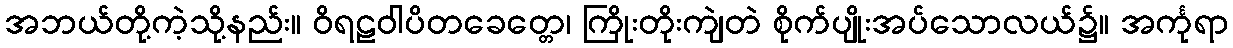
အဘယ်တို့ကဲ့သို့နည်း။ ဝိရဠဝါပိတခေတ္တေ၊ ကြိုးတိုးကျဲတဲ စိုက်ပျိုးအပ်သောလယ်၌။ အင်္ကုရာ